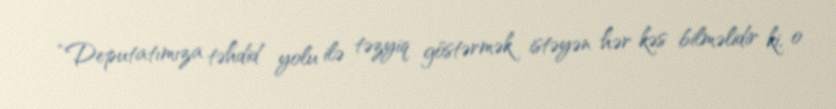
“Deputatımıza təhdid yolu ilə təzyiq göstərmək istəyən hər kəs bilməlidir ki, o